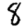
Digit: 8